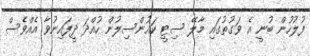
ފުލުހުން ބުނީ އެ ވަގުތުގައި މާލޭ ސިޓީ ކައުންސިލުން ހުއްދަ ދީފައިނުވާ އެއްވެސް